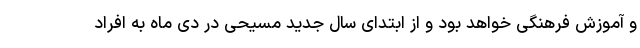
و آموزش فرهنگی خواهد بود و از ابتدای سال جدید مسیحی در دی ماه به افراد